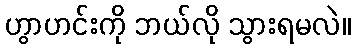
ဟွာဟင်းကို ဘယ်လို သွားရမလဲ။